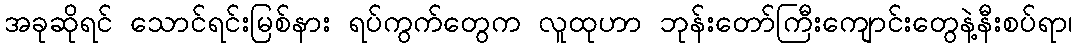
အခုဆိုရင် သောင်ရင်းမြစ်နား ရပ်ကွက်တွေက လူထုဟာ ဘုန်းတော်ကြီးကျောင်းတွေနဲ့နီးစပ်ရာ၊